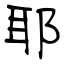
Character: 耶